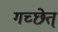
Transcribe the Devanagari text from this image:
गच्छेत्